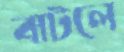
বাটলে